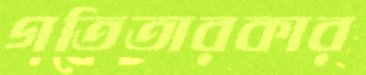
গতিতারকার